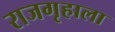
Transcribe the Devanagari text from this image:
राजगृहाला